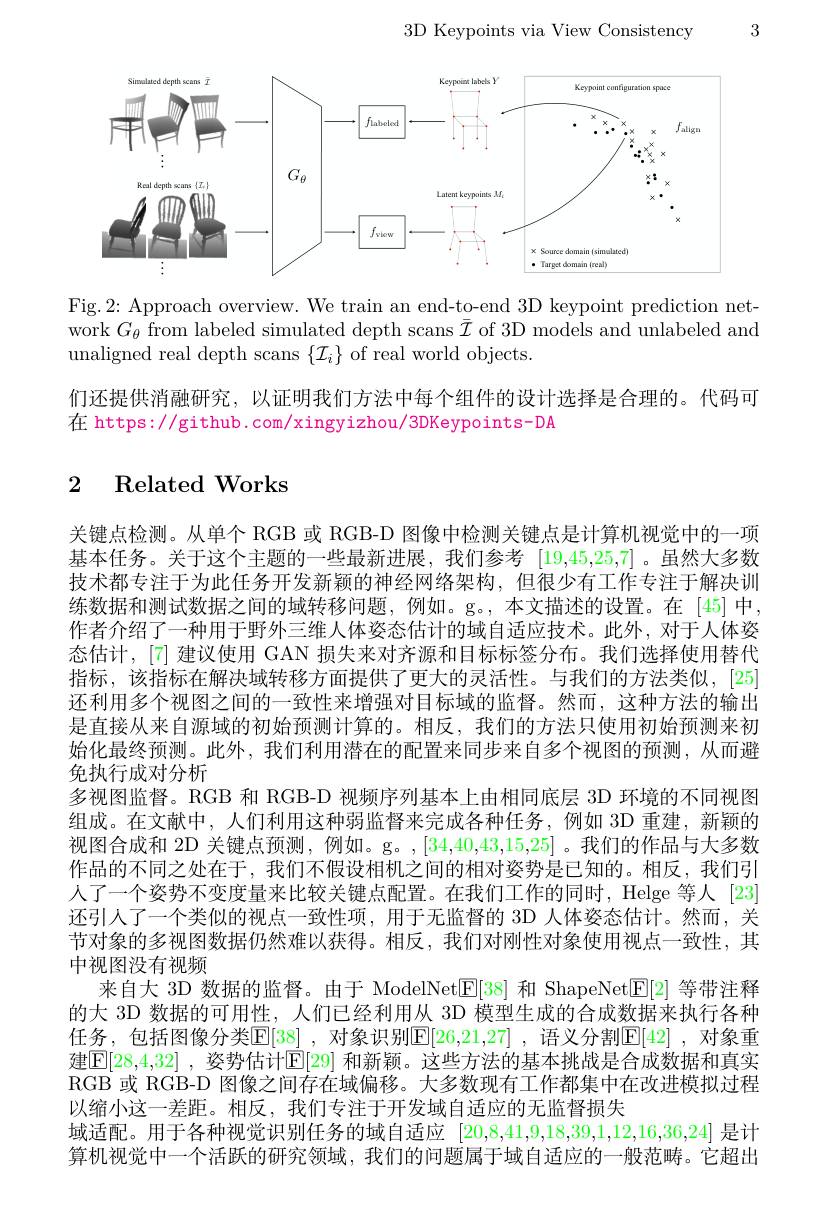
3D Keypoints via View Consistency

3

<FigureHere>

Fig. 2: Approach overview. We train an end-to-end 3D keypoint prediction network $G_{\theta}$ from labeled simulated depth scans $\bar{\mathcal{I}}$ of 3D models and unlabeled and unaligned real depth scans $\{\mathcal{I}_i\}$ of real world objects.

们还提供消融研究，以证明我们方法中每个组件的设计选择是合理的。代码可
在 https://github.com/xingyizhou/3DKeypoints-DA

# 2 Related Works

关键点检测。从单个 RGB 或 RGB-D 图像中检测关键点是计算机视觉中的一项基本任务。关于这个主题的一些最新进展，我们参考[19,45,25,7] 。虽然大多数技术都专注于为此任务开发新颖的神经网络架构，但很少有工作专注于解决训练数据和测试数据之间的域转移问题，例如。g。,本文描述的设置。在[45]中作者介绍了一种用于野外三维人体姿态估计的域自适应技术。此外，对于人体姿态估计，[7] 建议使用 GAN 损失来对齐源和目标标签分布。我们选择使用替代指标，该指标在解决域转移方面提供了更大的灵活性。与我们的方法类似，[25] 还利用多个视图之间的一致性来增强对目标域的监督。然而，这种方法的输出是直接从来自源域的初始预测计算的。相反，我们的方法只使用初始预测来初始化最终预测。此外，我们利用潜在的配置来同步来自多个视图的预测，从而避免执行成对分析
多视图监督。RGB 和 RGB-D 视频序列基本上由相同底层 3D 环境的不同视图组成。在文献中，人们利用这种弱监督来完成各种任务，例如 3D 重建，新颖的视图合成和 2D 关键点预测，例如。g。,[34,40,43,15,25]。我们的作品与大多数作品的不同之处在于，我们不假设相机之间的相对姿势是已知的。相反，我们引人了一个姿势不变度量来比较关键点配置。在我们工作的同时，Helge 等人 [23] 还引人了一个类似的视点一致性项，用于无监督的 3D 人体姿态估计。然而，关节对象的多视图数据仍然难以获得。相反，我们对刚性对象使用视点一致性，其中视图没有视频
来自大 3D 数据的监督。由于 ModelNet$\mathbb{E}[38]$和 ShapeNet$\mathbb{E}[2]$等带注释的大 3D 数据的可用性，人们已经利用从 3D 模型生成的合成数据来执行各种任务，包括图像分类E[38] ,对象识别$\mathsf{E}[26,21,27]$ ,语义分割E[42] ,对象重建$\mathbb{E}[28,4,32]$ , 姿势估计$\mathbb{E}[29]$ 和新颖。这些方法的基本挑战是合成数据和真实RGB 或 RGB-D 图像之间存在域偏移。大多数现有工作都集中在改进模拟过程以缩小这一差距。相反，我们专注于开发域自适应的无监督损失
域适配。用于各种视觉识别任务的域自适应[20,8,41,9,18,39,1,12,16,36,24]是计算机视觉中一个活跃的研究领域，我们的问题属于域自适应的一般范畴。它超出